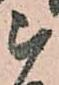
被